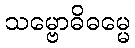
သမ္ဗောဓိဓမ္မေ